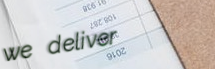
we deliver